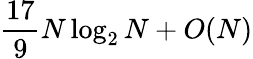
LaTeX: {\frac{17}{9}}N\log_{2}N+O(N)